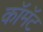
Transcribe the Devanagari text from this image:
कॉमॅट